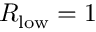
R _ { \mathrm { l o w } } = 1